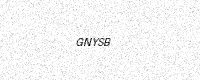
Text: GNYSB